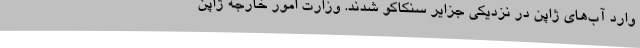
وارد آب‌های ژاپن در نزدیکی جزایر سنکاکو شدند. وزارت امور خارجه ژاپن